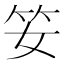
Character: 𥫭